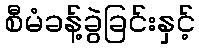
စီမံခန့်ခွဲခြင်းနှင့်